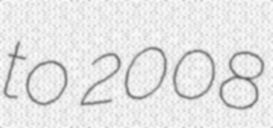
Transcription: to 2008